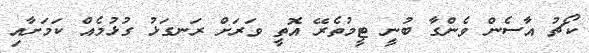
ކޯޗު އާސެން ވެންގާ ބުނީ ޓީމުތެރޭ އޮތީ ވަރަށް ރަނގަޅު ގުޅުމެއް ކަމަށާއި